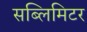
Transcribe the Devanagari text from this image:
सब्लिमिटर